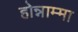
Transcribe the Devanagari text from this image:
होन्नाम्मा